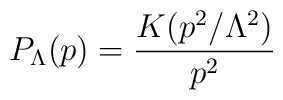
P_{\Lambda}(p)=\frac{K(p^2/\Lambda^{2})}{p^2}